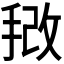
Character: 𫼿